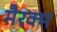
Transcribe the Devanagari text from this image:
मैरक्म